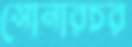
সোনারচর